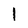
Character: 1